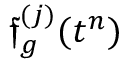
\boldsymbol { \mathfrak { f } } _ { g } ^ { ( j ) } ( t ^ { n } )